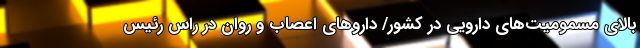
بالای مسمومیت‌های دارویی در کشور/ داروهای اعصاب و روان در راس رئیس